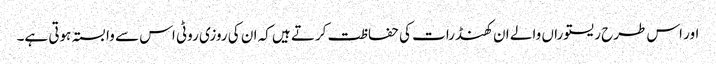
اور اس طرح ریستوراں والے ان کھنڈرات کی حفاظت کرتے ہیں کہ ان کی روزی روٹی اس سے وابستہ ہوتی ہے۔